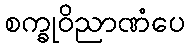
စက္ခုဝိညာဏံပေ